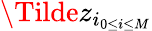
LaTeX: \Tilde{z}_{i_{0\leq i\leq M}}